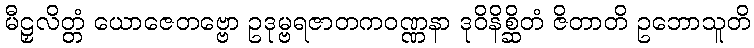
မီဠှလိတ္တံ ယောဇေတဗ္ဗော ဥဒုမ္ဗရဇာတကဝဏ္ဏနာ ဒုဝိနိစ္ဆိတံ ဇိတာတိ ဥဘောသူတိ